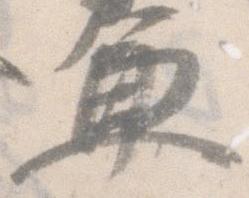
兼